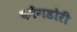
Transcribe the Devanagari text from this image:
कोंगडोरी